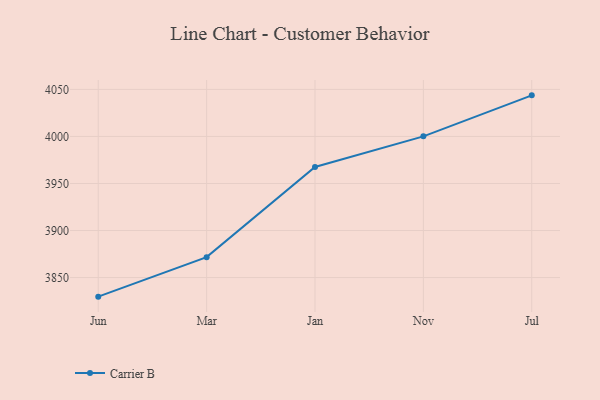
{"axis": {"x": "Month", "y": "Headcount"}, "legend": ["Carrier B"], "data": [{"x": "Jun", "y": 3829.7, "type": "Carrier B"}, {"x": "Mar", "y": 3871.7, "type": "Carrier B"}, {"x": "Jan", "y": 3967.6, "type": "Carrier B"}, {"x": "Nov", "y": 4000.1, "type": "Carrier B"}, {"x": "Jul", "y": 4043.7, "type": "Carrier B"}]}